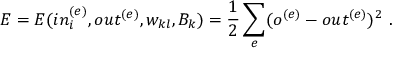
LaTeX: E = E ( i n _ { i } ^ { ( e ) } , o u t ^ { ( e ) } , w _ { k l } , B _ { k } ) = \frac { 1 } { 2 } \sum _ { e } ( o ^ { ( e ) } - o u t ^ { ( e ) } ) ^ { 2 } \ .